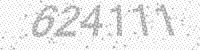
Solution: 624111